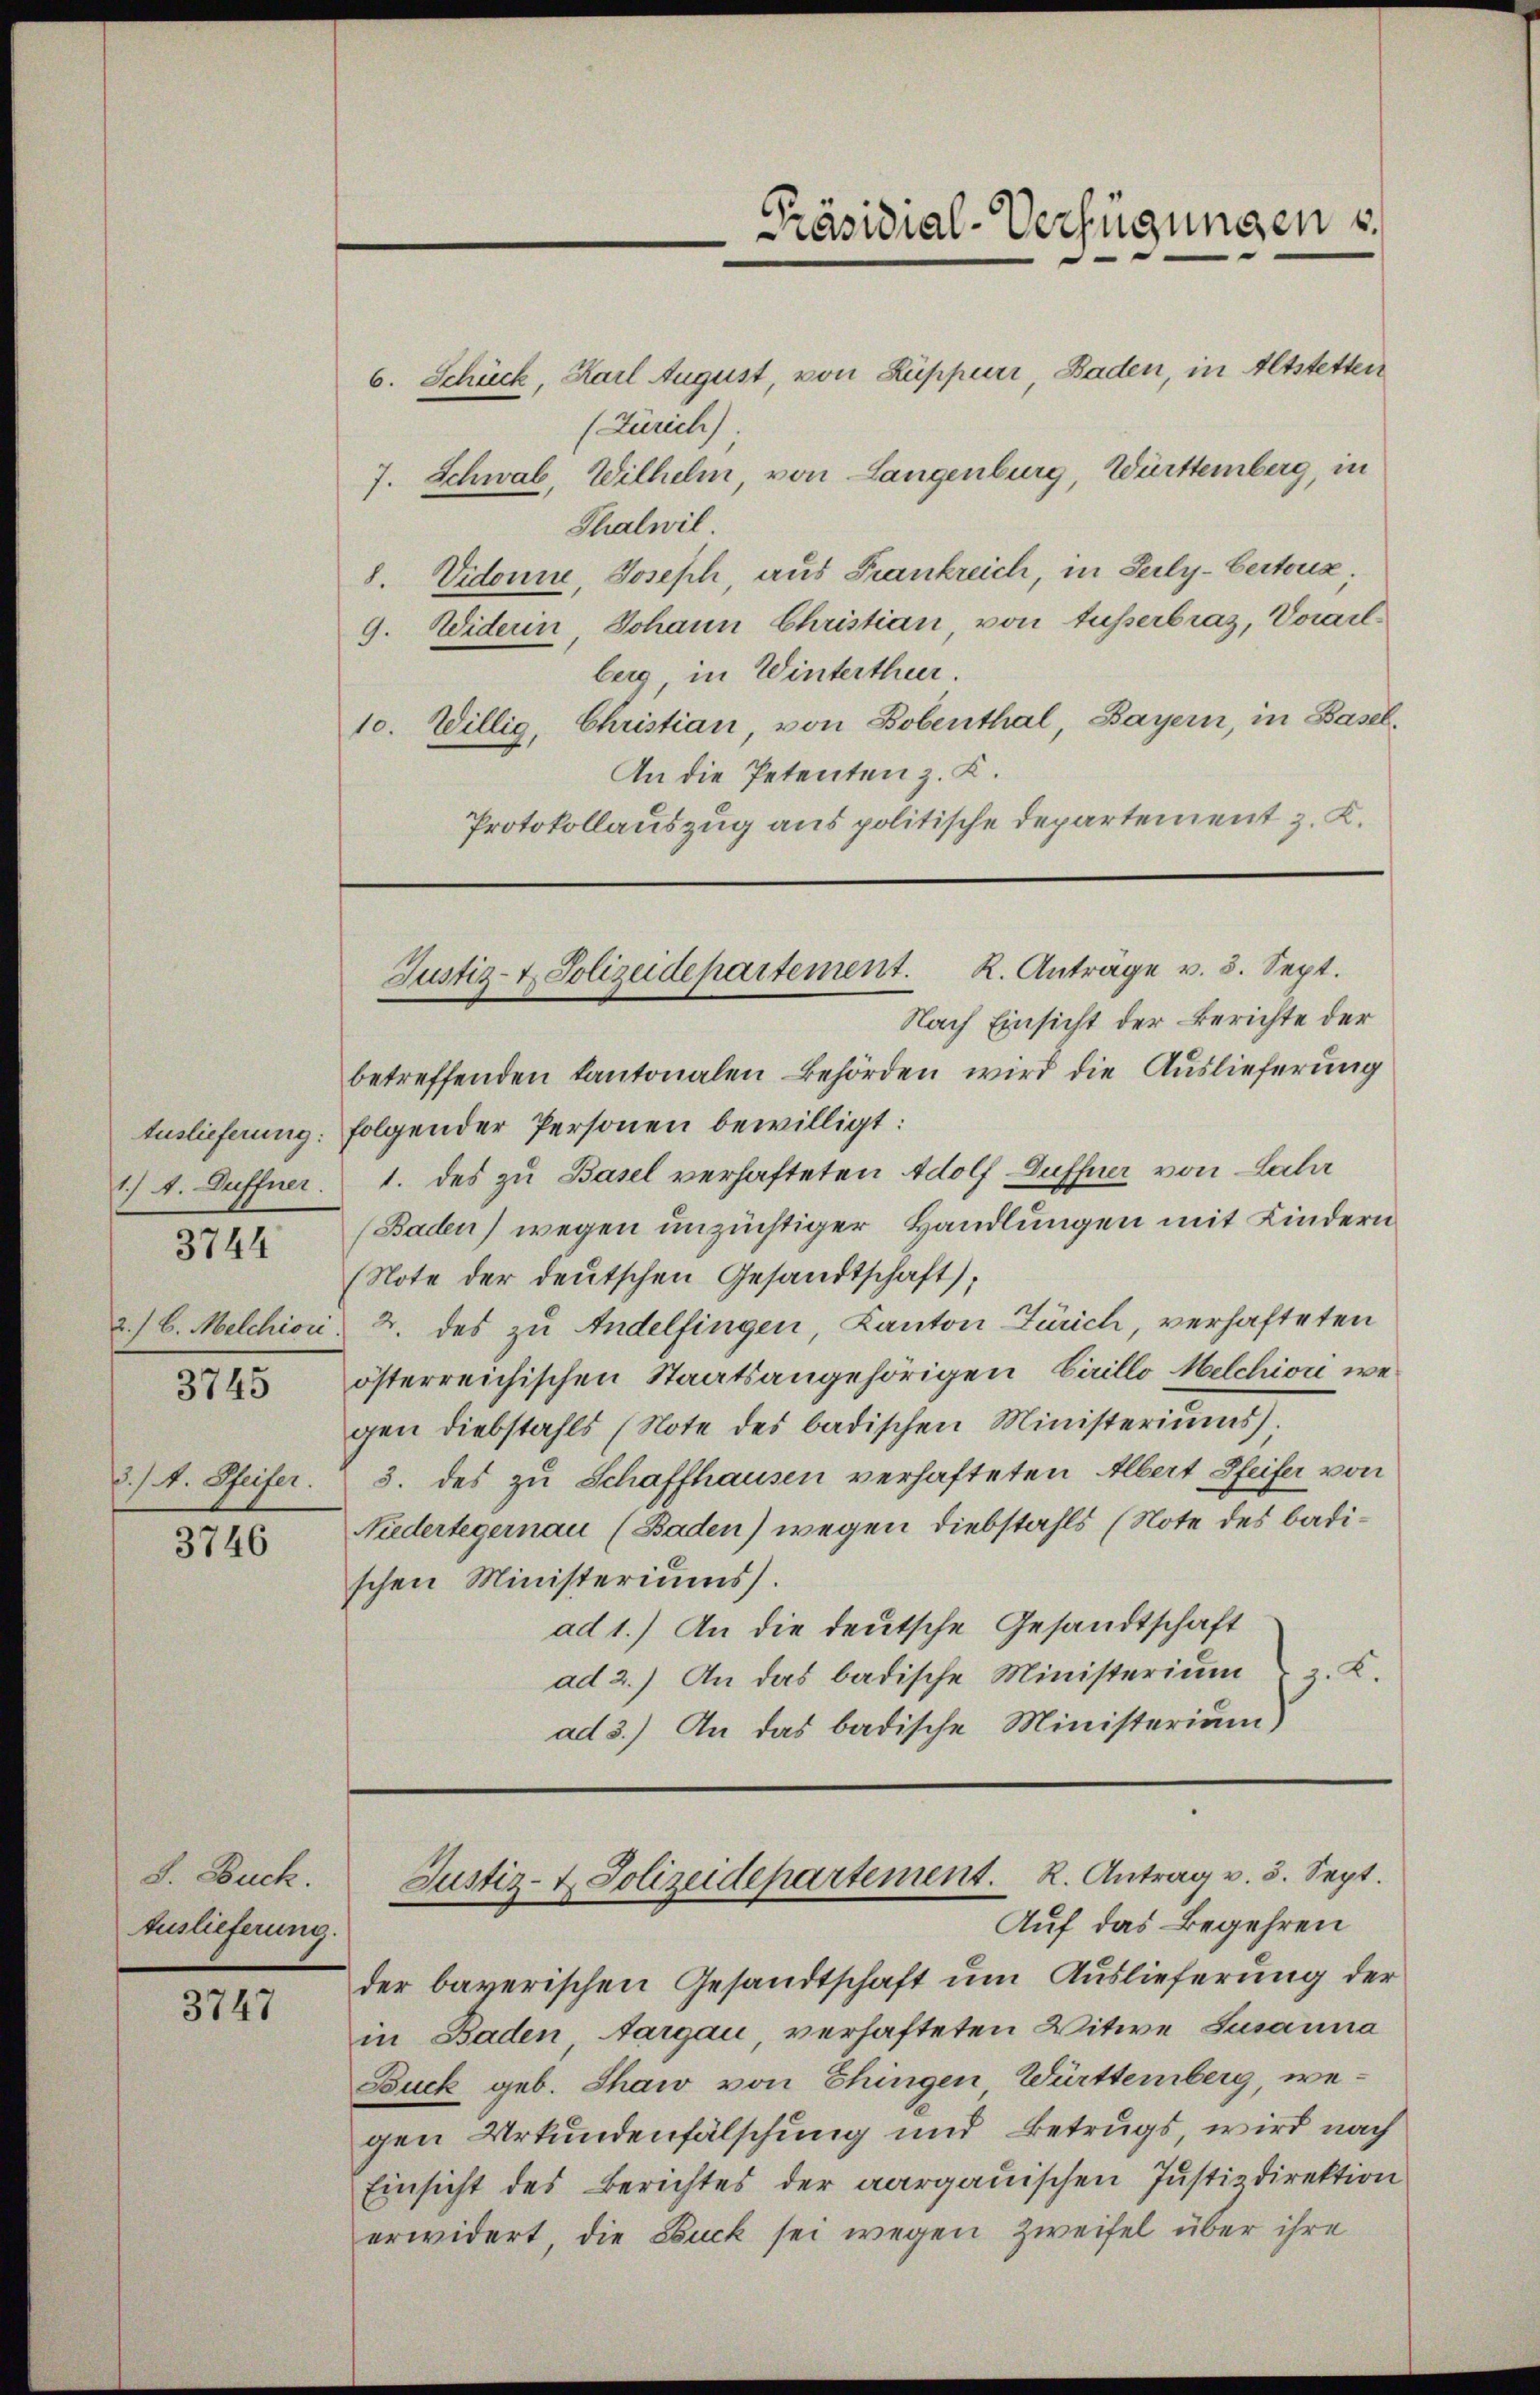
1.) A. Duffner.

3744

2./ B. Melchior

3745

d. /. M. Pfeifer.

3746

S. Buck.
Auslieferung.

3747

6. Schück, Karl August, von Kuppener Baden, in Altstetten
(Zürich)
7. Schwab, Wilhelm, von Langenburg, Württemberg, in
Thalwil.
8. Vidonne, Joseph aus Frankreich, in Serly-Certons
9. Widerin, Johann Christian von Ausserbraz, Vorailberg, in Winterthur.
10. Willig, Christian, von Bobenthal, Bayern, in Basel¬
An die Petenten z. K.
Protokollauszug aus politische Departement z. K.

Nach Einsicht der Berichte der
betreffenden Kantonalen Behörden wird die Auslieferung
Auslieferung: folgender Personen bewilligt:
1. des zu Basel verhafteten Adolf Duffner von Lala
Baden) wegen unzüchtiger Handlungen mit Kindern
(Note der deutschen Gesandtschaft),
2. des zu Andelfingen, Kanton Zürich, verhafteten
österreichischen Staatsangehörigen Carillo Melchion wegen diebstahls (Note des badischen Ministeriums).
3. des zu Schaffhausen verhafteten Albert Pfeifer von
Niedertegernau (Baden) wegen Diebstahls (Note des badischen Ministeriums.
ad 1.) An die deutsche Gesandtschaft
ad 2.) An das badische Ministerium z. K.
ad 3.) An das badische Ministerium)

Präsidial-Verfügungen

Justiz- & Polizeidepartement. K. Anträge v. 5. Sept.

Justiz- & Polizeidepartement. K. Antrag v. 5. Sept.
Auf das Begehren

der bayerischen Gesandtschaft um Auslieferung der
in Baden, Aargau, verhafteten Witwe Susanna
Buck geb. Shaw von Ehingen Württemberg, wegen Urkundenfälschung und Betrugs, wird nach
Einsicht des Berichtes der aargauischen Justizdirektion
erwidert, die Buck sei wegen Zweifel über ihre